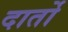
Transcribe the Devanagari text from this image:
दार्तो